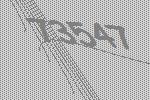
73547